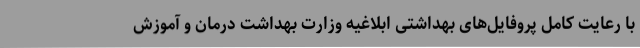
با رعایت کامل پروفایل‌های بهداشتی ابلاغیه وزارت بهداشت درمان و آموزش